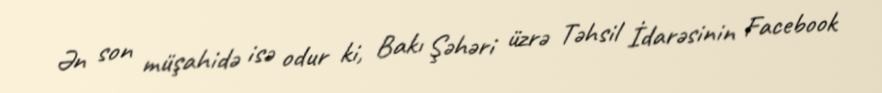
Ən son müşahidə isə odur ki, Bakı Şəhəri üzrə Təhsil İdarəsinin Facebook